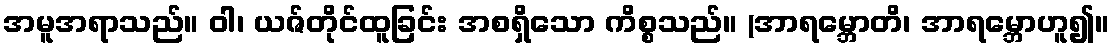
အမူအရာသည်။ ဝါ၊ ယဇ်တိုင်ထူခြင်း အစရှိသော ကိစ္စသည်။ (အာရမ္ဘောတိ၊ အာရမ္ဘောဟူ၍။